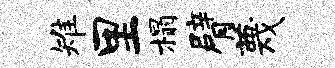
雉里榻臂蔑